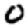
Digit: 0